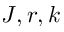
J , r , k